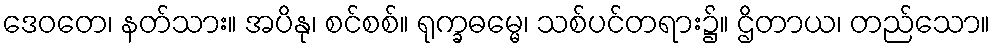
ဒေဝတေ၊ နတ်သား။ အပိနု၊ စင်စစ်။ ရုက္ခဓမ္မေ၊ သစ်ပင်တရား၌။ ဌိတာယ၊ တည်သော။